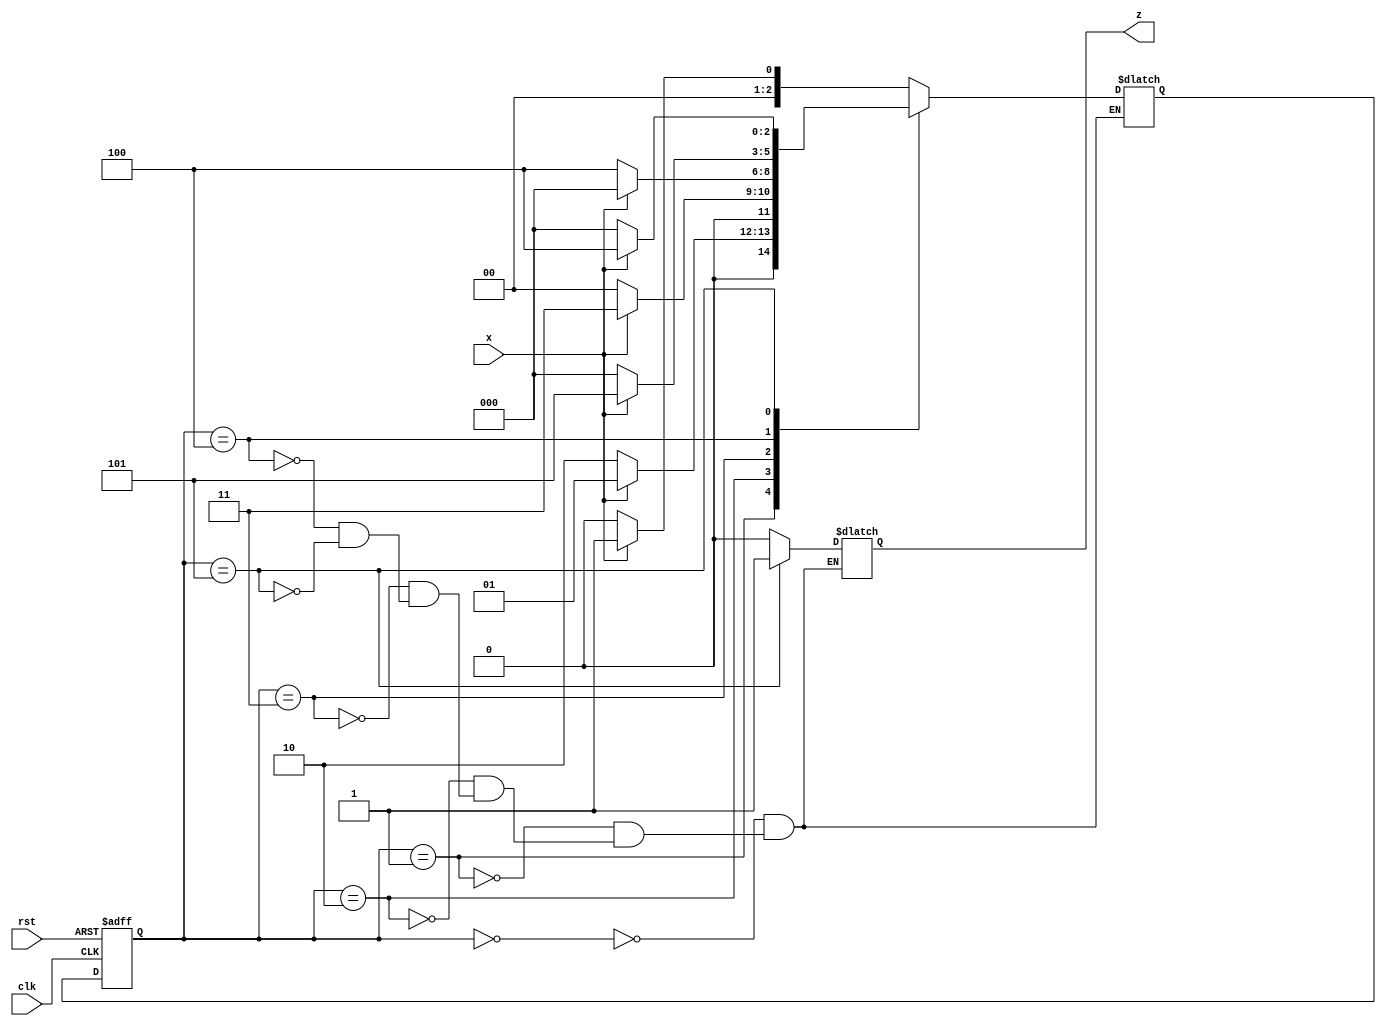
module series (clk, x, rst, z);
	input clk, x, rst;
	output reg z;
	reg [0:2] pstate, nstate;
	parameter s0=0, s1=1, s2=2, s3=3, s4=4, s5=5;
	
	always@(posedge clk or posedge rst)
		if (rst) pstate <= s0;
		else pstate <= nstate;
		
	always@(pstate,x)
		case(pstate)
		s0 : begin z = x ? 0:0; nstate <= x ? s1 : s0; end
		s1 : begin z = x ? 0:0; nstate <= x ? s1 : s2; end
		s2 : begin z = x ? 0:0; nstate <= x ? s3 : s0; end
		s3 : begin z = x ? 0:0; nstate <= x ? s0 : s4; end
		s4 : begin z = x ? 0:0; nstate <= x ? s5 : s0; end
		s5 : begin z = x ? 1:1; nstate <= x ? s4 : s0; end
		endcase
		
endmodule